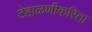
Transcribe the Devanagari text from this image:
टेहाळणीकरिता